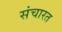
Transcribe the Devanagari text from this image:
संचारत